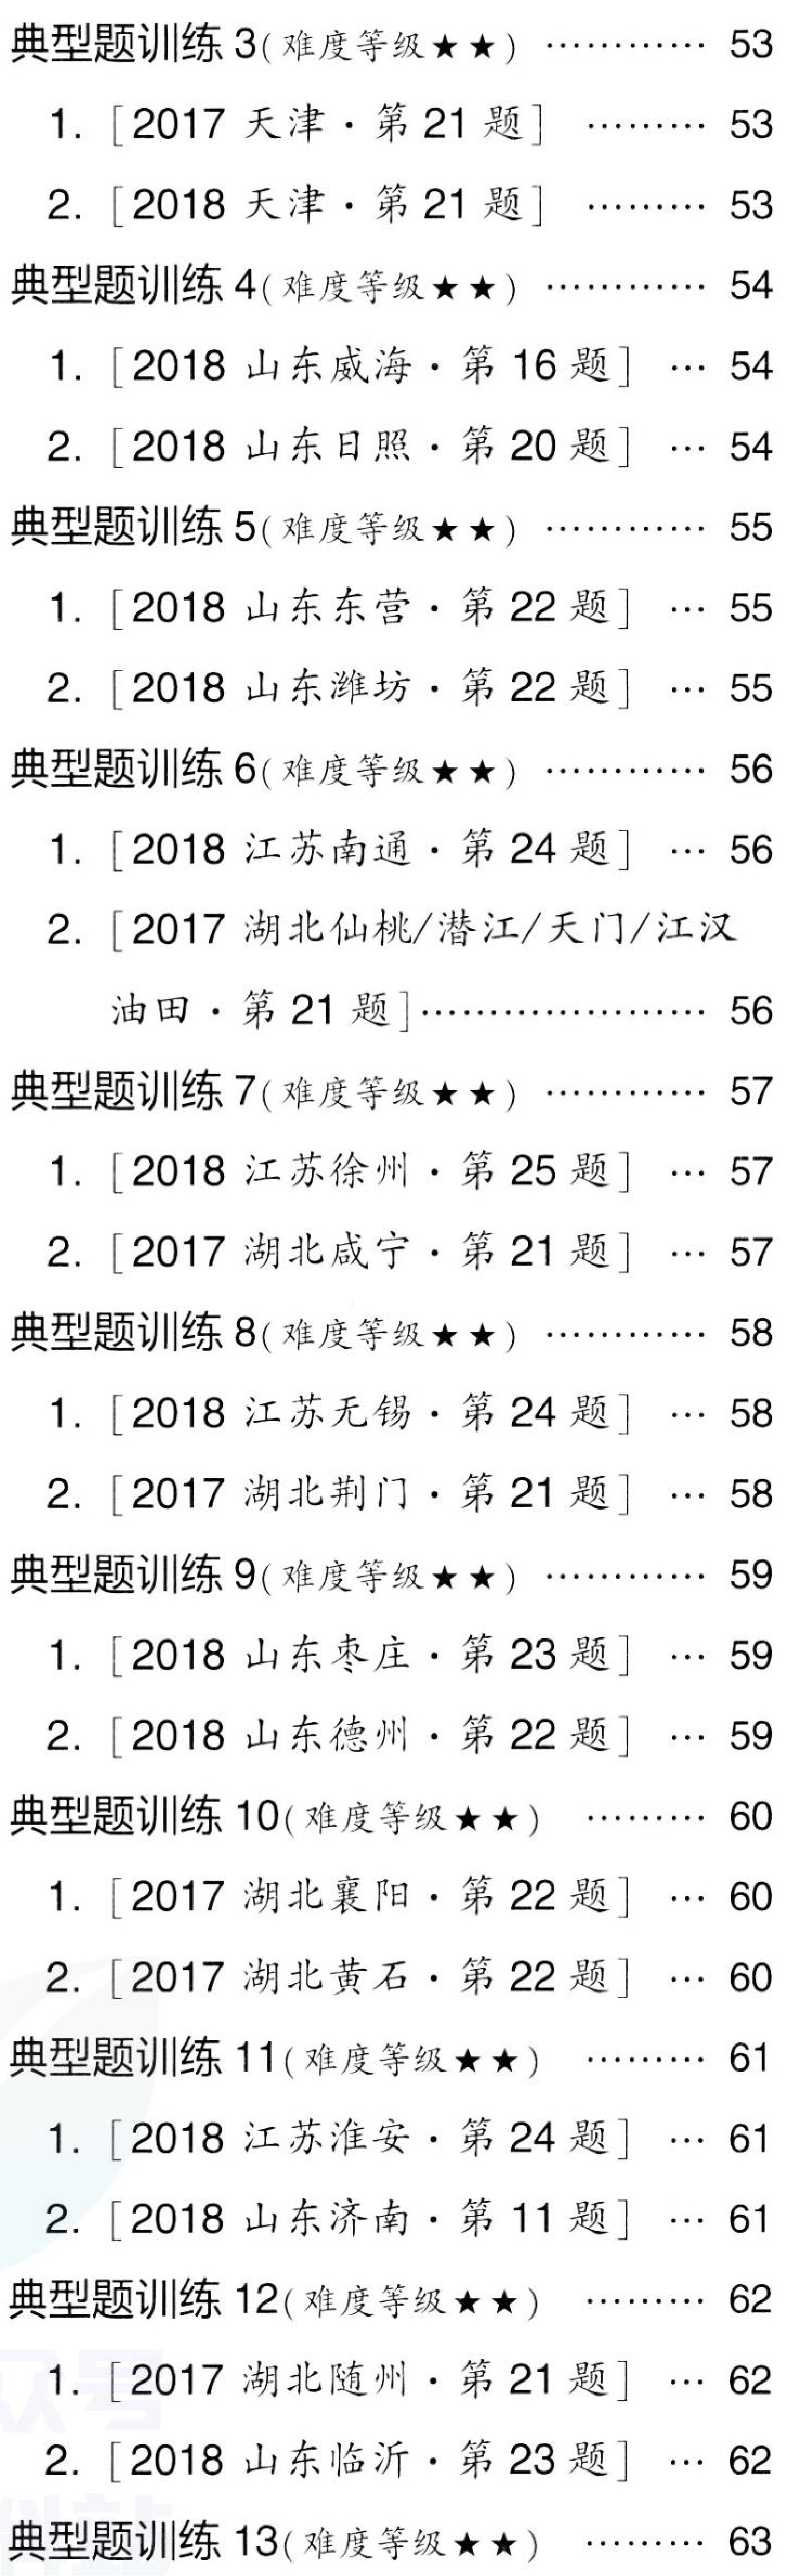
典型题训练 3( 难度等级$\star\star$) $\cdots\cdots$ 53\\
\ \ \ 1. [2017 天津$\cdot$第 21 题] $\cdots\cdots$ 53\\
\ \ \ 2. [2018 天津$\cdot$第 21 题] $\cdots\cdots$ 53\\
典型题训练 4( 难度等级$\star\star$) $\cdots\cdots$ 54\\
\ \ \ 1. [2018 山东威海$\cdot$第 16 题] $\cdots$ 54\\
\ \ \ 2. [2018 山东日照$\cdot$第 20 题] $\cdots$ 54\\
典型题训练 5( 难度等级$\star\star$) $\cdots\cdots$ 55\\
\ \ \ 1. [2018 山东东营$\cdot$第 22 题] $\cdots$ 55\\
\ \ \ 2. [2018 山东潍坊$\cdot$第 22 题] $\cdots$ 55\\
典型题训练 6( 难度等级$\star\star$) $\cdots\cdots$ 56\\
\ \ \ 1. [2018 江苏南通$\cdot$第 24 题] $\cdots$ 56\\
\ \ \ 2. [2017 湖北仙桃/潜江/天门/江汉\\
\ \ \ \ \ 油田$\cdot$第 21 题]$\cdots\cdots$ 56\\
典型题训练 7( 难度等级$\star\star$) $\cdots\cdots$ 57\\
\ \ \ 1. [2018 江苏徐州$\cdot$第 25 题] $\cdots$ 57\\
\ \ \ 2. [2017 湖北咸宁$\cdot$第 21 题] $\cdots$ 57\\
典型题训练 8( 难度等级$\star\star$) $\cdots\cdots$ 58\\
\ \ \ 1. [2018 江苏无锡$\cdot$第 24 题] $\cdots$ 58\\
\ \ \ 2. [2017 湖北荆门$\cdot$第 21 题] $\cdots$ 58\\
典型题训练 9( 难度等级$\star\star$) $\cdots\cdots$ 59\\
\ \ \ 1. [2018 山东枣庄$\cdot$第 23 题] $\cdots$ 59\\
\ \ \ 2. [2018 山东德州$\cdot$第 22 题] $\cdots$ 59\\
典型题训练 10( 难度等级$\star\star$) $\cdots\cdots$ 60\\
\ \ \ 1. [2017 湖北襄阳$\cdot$第 22 题] $\cdots$ 60\\
\ \ \ 2. [2017 湖北黄石$\cdot$第 22 题] $\cdots$ 60\\
典型题训练 11( 难度等级$\star\star$) $\cdots\cdots$ 61\\
\ \ \ 1. [2018 江苏淮安$\cdot$第 24 题] $\cdots$ 61\\
\ \ \ 2. [2018 山东济南$\cdot$第 11 题] $\cdots$ 61\\
典型题训练 12( 难度等级$\star\star$) $\cdots\cdots$ 62\\
\ \ \ 1. [2017 湖北随州$\cdot$第 21 题] $\cdots$ 62\\
\ \ \ 2. [2018 山东临沂$\cdot$第 23 题] $\cdots$ 62\\
典型题训练 13( 难度等级$\star\star$) $\cdots\cdots$ 63\\